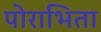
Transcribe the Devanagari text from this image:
पोराभिता